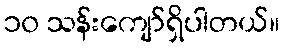
၁၀ သန်းကျော်ရှိပါတယ်။